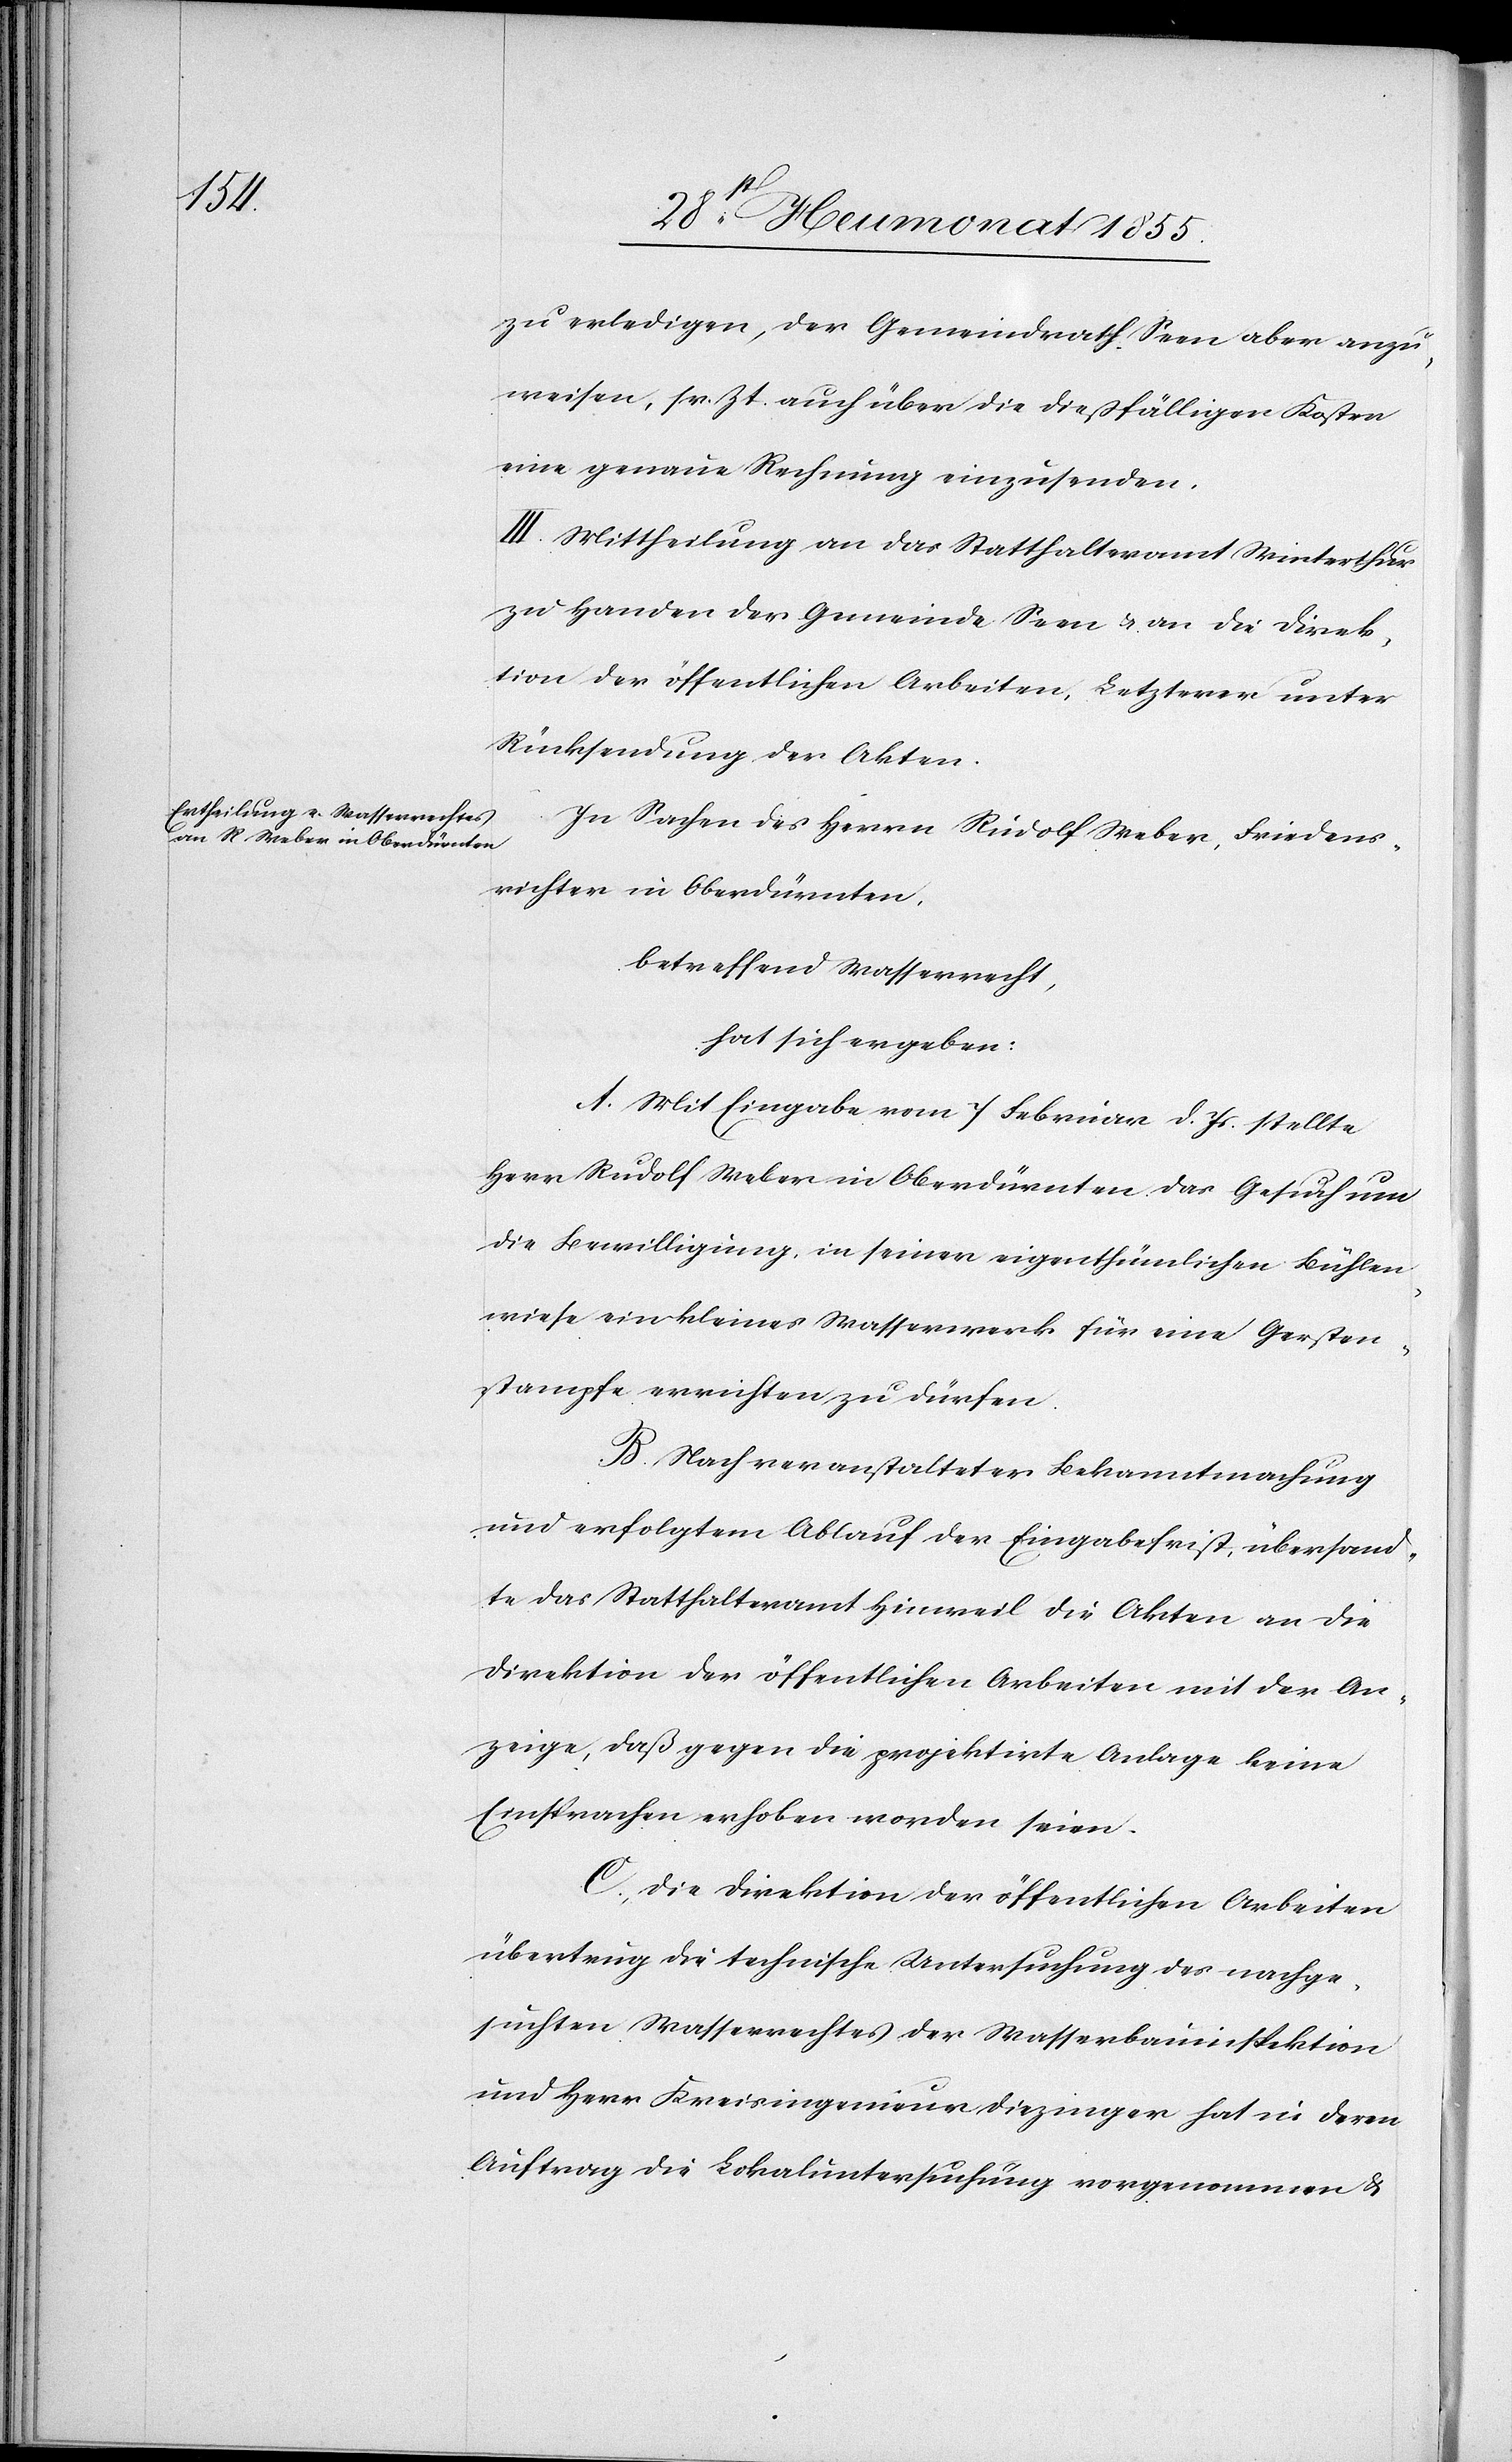
zu erledigen, der Gemeindrath Seen aber anzu¬
weisen, sr. Zt. auch über die dießfälligen Kosten
eine genaue Rechnung einzusenden.
III. Mittheilung an das Statthalteramt Winterthur
zu Handen der Gemeinde Seen & an die Direk¬
tion der öffentlichen Arbeiten, Letzterer unter
Rücksendung der Akten.
In Sachen des Herrn Rudolf Weber, Friedens¬
richter in Oberdürnten,
betreffend Wasserrecht,
hat sich ergeben:
A. Mit Eingabe vom 7 Februar d. Js. stellte
Herr Rudolf Weber in Oberdürnten das Gesuch um
die Bewilligung, in seiner eigenthümlichen Bühlen¬
wiese ein kleines Wasserwerk für eine Gersten¬
stampfe errichten zu dürfen.
B. Nach veranstalteter Bekanntmachung
und erfolgtem Ablauf der Eingabefrist, übersand¬
te das Statthalteramt Hinweil die Akten an die
Direktion der öffentlichen Arbeiten mit der An¬
zeige, daß gegen die projektirte Anlage keine
Einsprachen erhoben worden seien.
C, Die Direktion der öffentlichen Arbeiten
übertrug die technische Untersuchung des nachge¬
suchten Wasserrechtes der Wasserbauinspektion
und Herr Kreisingenieur Diezinger hat in deren
Auftrag die Lokaluntersuchung vorgenommen &